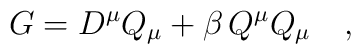
G = D^\mu Q_\mu + \beta\, Q^\mu Q_\mu   \quad ,